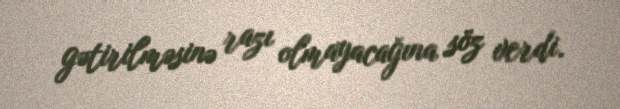
gətirilməsinə razı olmayacağına söz verdi.